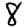
Digit: 8